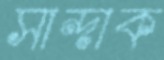
সান্দাক